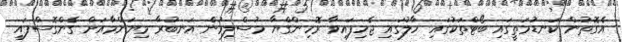
އެގޮތުން ކަނޑުމަތީގައި ބޯޓްތަކުގައި ހާލުގައި ޖެހިފައިވާ ރޮހިންގްޔާ މުސްލިމުން އަނބުރާ މިޔަންމާއަށް ގެންގޮސްފައި